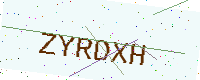
Text: ZYRDXH